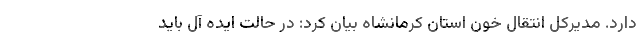
دارد. مدیرکل انتقال خون استان کرمانشاه بیان کرد: در حالت ایده آل باید